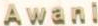
Awani